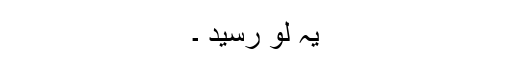
یہ لو رسید ۔